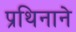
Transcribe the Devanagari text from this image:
प्रथिनाने